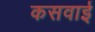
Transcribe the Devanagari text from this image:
कसवाई